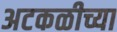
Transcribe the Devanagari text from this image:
अटकळीच्या